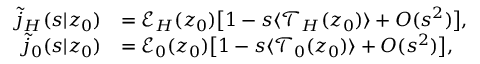
\begin{array} { r l } { \tilde { j } _ { H } ( s | z _ { 0 } ) } & { = \mathcal { E } _ { H } ( z _ { 0 } ) \bigl [ 1 - s \langle \mathcal { T } _ { H } ( z _ { 0 } ) \rangle + O ( s ^ { 2 } ) \bigr ] , } \\ { \tilde { j } _ { 0 } ( s | z _ { 0 } ) } & { = \mathcal { E } _ { 0 } ( z _ { 0 } ) \bigl [ 1 - s \langle \mathcal { T } _ { 0 } ( z _ { 0 } ) \rangle + O ( s ^ { 2 } ) \bigr ] , } \end{array}